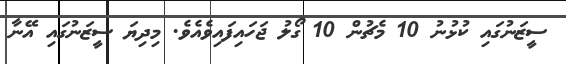
ސީޒަނުގައި ކުޅުނު 10 މެޗުން 10 ގޯލު ޖަހައިފައިވެއެވެ. މިދިޔަ ސީޒަނުގައި އޭނާ